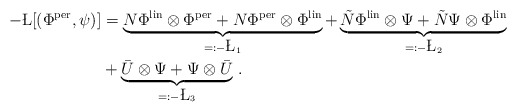
\begin{align*}-\L[(\Phi^{\rm per},\psi)] &= \underbrace{N\Phi^{\rm lin} \otimes \Phi^{\rm per} + N\Phi^{\rm per} \otimes \Phi^{\rm lin}}_{=: -\L_1} + \underbrace{\tilde{N} \Phi^{\rm lin} \otimes \Psi + \tilde{N} \Psi \otimes \Phi^{\rm lin}}_{=: -\L_2} \\&+ \underbrace{\bar{U} \otimes \Psi + \Psi \otimes \bar{U}}_{=: -\L_3} \, .\end{align*}